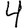
Digit: 4